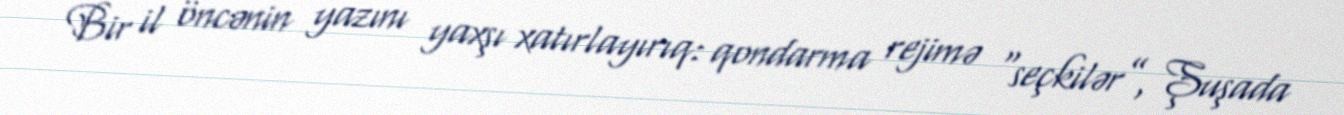
Bir il öncənin yazını yaxşı xatırlayırıq: qondarma rejimə “seçkilər”, Şuşada